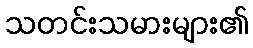
သတင်းသမားများ၏